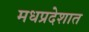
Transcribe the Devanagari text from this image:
मधप्रदेशात